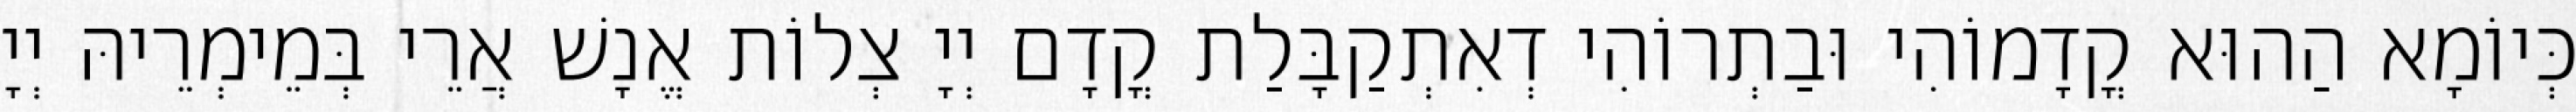
כְּיוֹמָא הַהוּא קֳדָמוֹהִי וּבַתְרוֹהִי דְאִתְקַבָּלַת קֳדָם יְיָ צְלוֹת אֱנָשׁ אֲרֵי בְּמֵימְרֵיהּ יְיָ